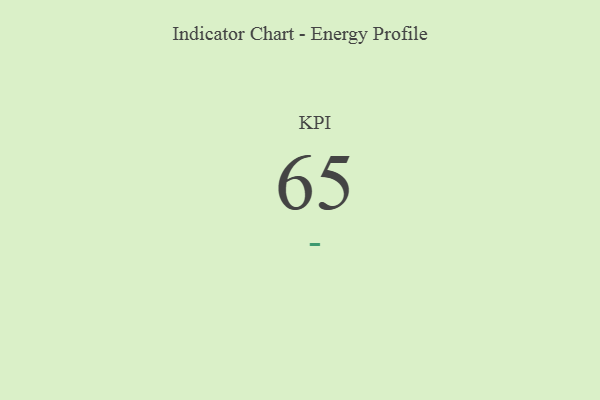
{"axis": {"x": "KPI", "y": "Value"}, "legend": [""], "data": [{"x": "KPI", "y": 65, "type": ""}]}